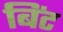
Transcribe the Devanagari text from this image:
बिंट